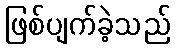
ဖြစ်ပျက်ခဲ့သည်